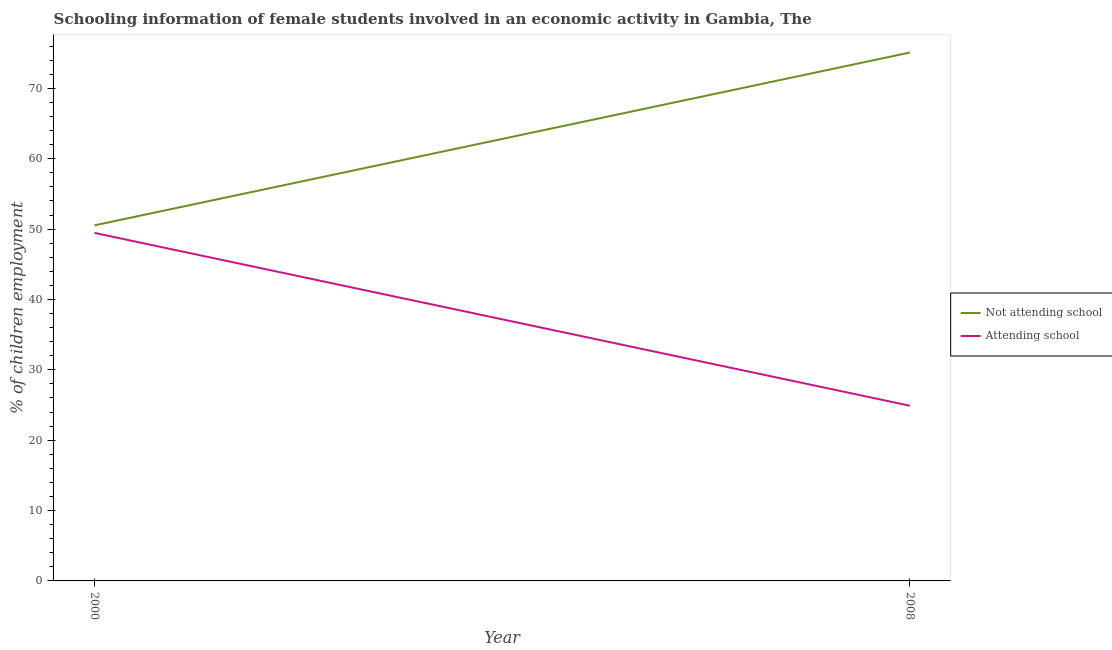
| Year | Not attending school | Attending school |
 | --- | --- | --- |
 | 2000 | 50.5 | 49.5 |
 | 2008 | 75.1 | 24.9 |